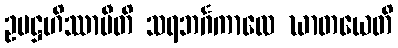
ဥပဋ္ဌဟိဿာမီတိ သရဘင်္ဂကာလေ ဃာတယေတိ